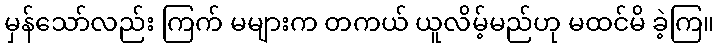
မှန်သော်လည်း ကြက် မများက တကယ် ယူလိမ့်မည်ဟု မထင်မိ ခဲ့ကြ။